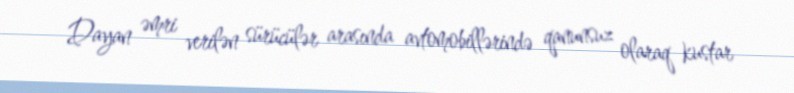
Dayan əmri verilən sürücülər arasında avtomobillərində qanunsuz olaraq kustar